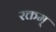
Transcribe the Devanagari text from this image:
रक्तम्